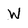
Character: W